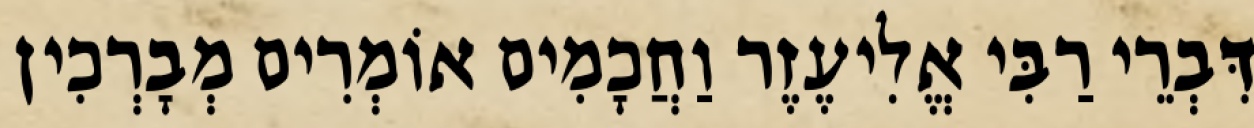
דִּבְרֵי רַבִּי אֱלִיעֶזֶר וַחֲכָמִים אוֹמְרִים מְבָרְכִין